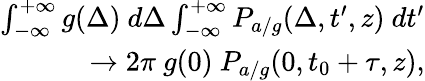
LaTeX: \begin{array}{r}{\int_{-\infty}^{+\infty}g(\Delta)\ d\Delta\int_{-\infty}^{+\infty}P_{a/g}(\Delta,t^{\prime},z)\ dt^{\prime}}\\ {\to 2\pi\ g(0)\ P_{a/g}(0,t_{0}+\tau,z),}\end{array}